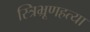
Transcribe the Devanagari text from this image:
स्त्रिभ्रूणहत्या